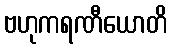
ဗဟုကရဏီယောတိ